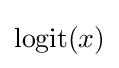
\operatorname {logit} (x)